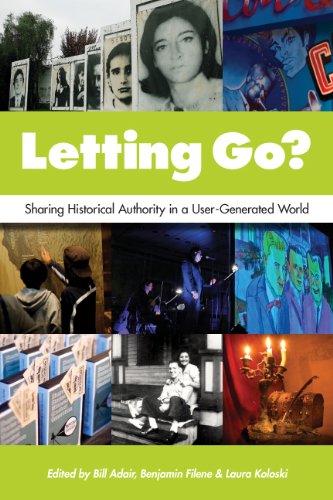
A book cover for Letting Go?: Sharing Historical Authority in a User-Generated World; Business & Money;